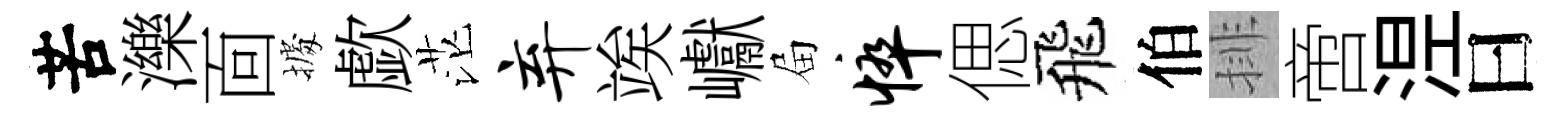
苦濼靣𢴃歔茫弃竢巘屇悴偲飛伯排啻𣵀曰